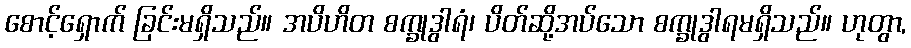
စောင့်ရှောက် ခြင်းမရှိသည်။ အပိဟိတ စက္ခုဒွါရံ၊ ပိတ်ဆို့အပ်သော စက္ခုဒွါရမရှိသည်။ ဟုတွာ,